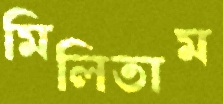
মিলিতাম